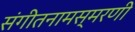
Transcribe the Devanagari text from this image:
संगीतनामस्मरणी